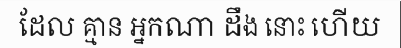
ដែល គ្មាន អ្នកណា ដឹង នោះ ហើយ